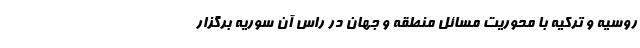
روسیه و ترکیه با محوریت مسائل منطقه و جهان در راس آن سوریه برگزار